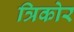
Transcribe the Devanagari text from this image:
त्रिकोर